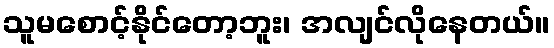
သူမစောင့်နိုင်တော့ဘူး၊ အလျင်လိုနေတယ်။